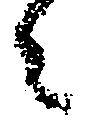
々